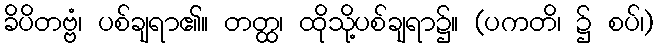
ခိပိတဗ္ဗံ၊ ပစ်ချရာ၏။ တတ္ထ၊ ထိုသို့ပစ်ချရာ၌။ (ပကတိ၊ ၌ စပ်၊)